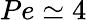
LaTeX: Pe\simeq 4